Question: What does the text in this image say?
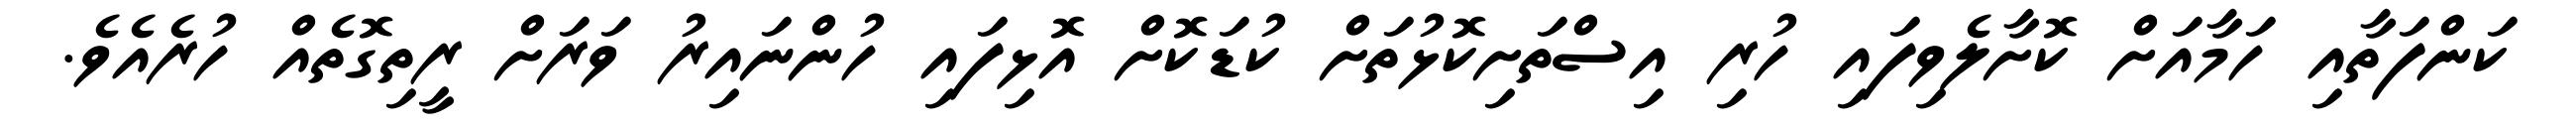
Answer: ކަންފަތާއި ހަމާއަށް ކޮށާލެވިފައި ހުރި އިސްތަށިކޮޅުތަށް ކުޑަކޮށް އޮޅިފައި ހުންނައިރު ވަރަށް ރީތިގޮތެއް ހުރެއެވެ.